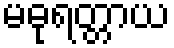
မဓုရတ္တာယ